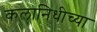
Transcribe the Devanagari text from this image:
कलानिधीच्या